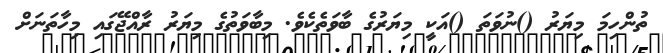
ތުންހިމަ މިޔަރު ()ނުވަތަ ()އަކީ މިޔަރުގެ ބާވަތެކެވެ. މިބާވަތުގެ މިޔަރު ރާއްޖޭގައި މިހާތަނަށް